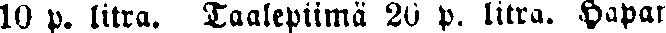
10 p. litra. Taalepiimä 20 p. litra. Hapan